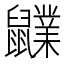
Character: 𪖊